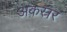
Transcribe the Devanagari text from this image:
अकस्रर